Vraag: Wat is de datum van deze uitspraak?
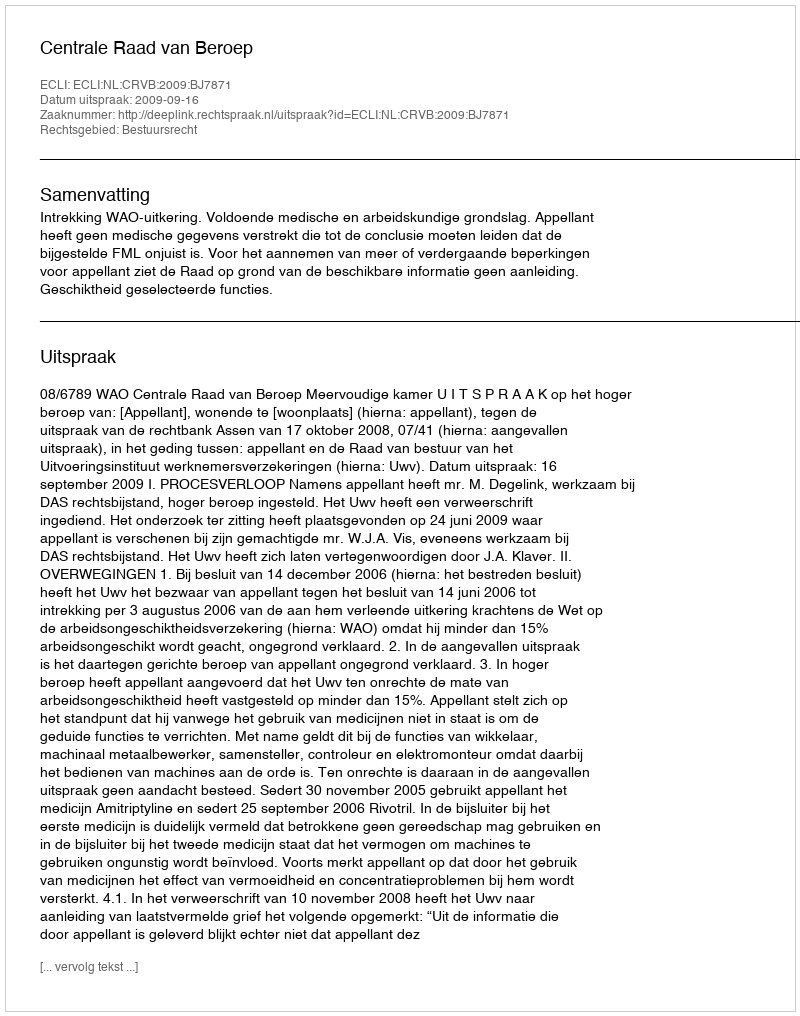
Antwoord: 2009-09-16